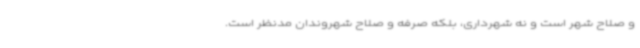
و صلاح شهر است و نه شهرداری، بلکه صرفه و صلاح شهروندان مدنظر است.